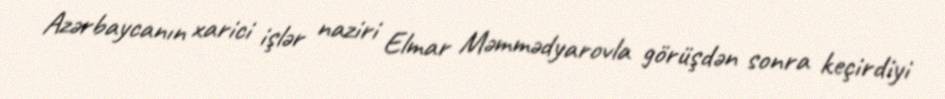
Azərbaycanın xarici işlər naziri Elmar Məmmədyarovla görüşdən sonra keçirdiyi